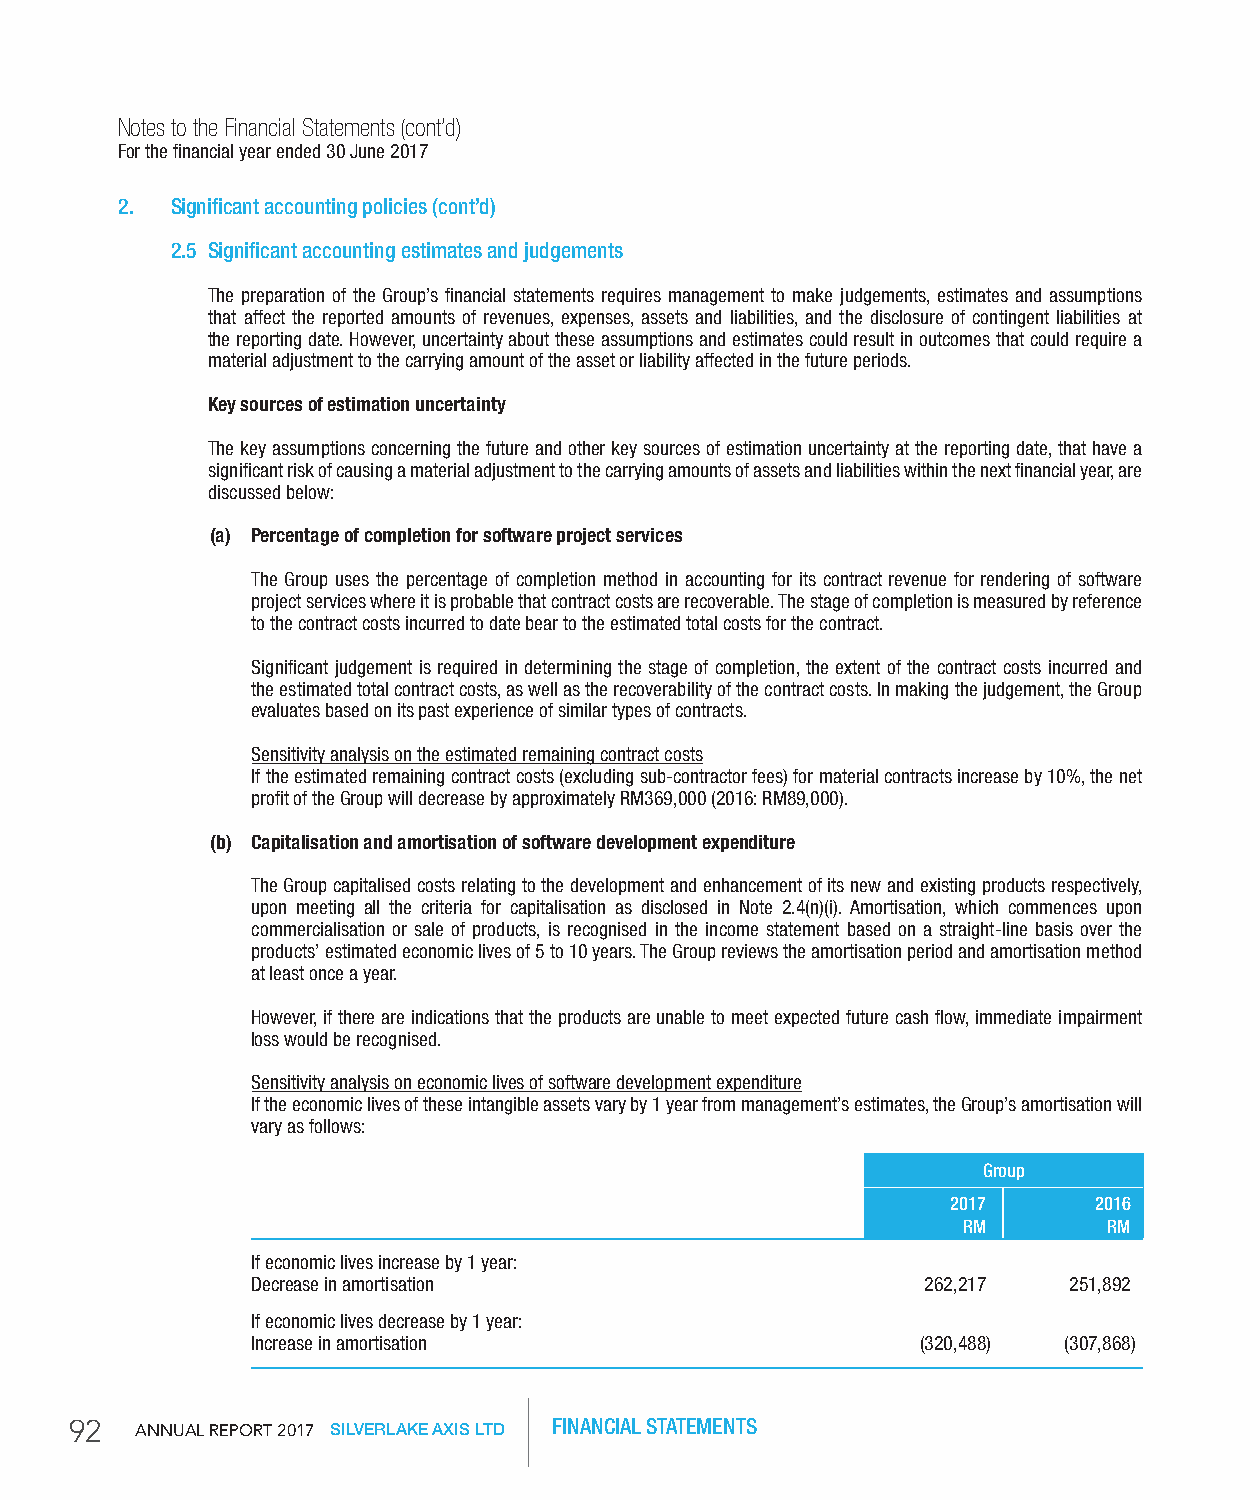
Notes to the Financial Statements (cont’d)
 For the financial year ended 30 June 2017
 2. Significant accounting policies (cont’d)
 2.5 Significant accounting estimates and judgements
 The preparation of the Group’s financial statements requires management to make judgements, estimates and assumptions
 that affect the reported amounts of revenues, expenses, assets and liabilities, and the disclosure of contingent liabilities at
 the reporting date. However, uncertainty about these assumptions and estimates could result in outcomes that could require a
 material adjustment to the carrying amount of the asset or liability affected in the future periods.
 Key sources of estimation uncertainty
 The key assumptions concerning the future and other key sources of estimation uncertainty at the reporting date, that have a
 significant risk of causing a material adjustment to the carrying amounts of assets and liabilities within the next financial year, are
 discussed below:
 (a) Percentage of completion for software project services
 The Group uses the percentage of completion method in accounting for its contract revenue for rendering of software
 project services where it is probable that contract costs are recoverable. The stage of completion is measured by reference
 to the contract costs incurred to date bear to the estimated total costs for the contract.
 Significant judgement is required in determining the stage of completion, the extent of the contract costs incurred and
 the estimated total contract costs, as well as the recoverability of the contract costs. In making the judgement, the Group
 evaluates based on its past experience of similar types of contracts.
 Sensitivity analysis on the estimated remaining contract costs
 If the estimated remaining contract costs (excluding sub-contractor fees) for material contracts increase by 10%, the net
 profit of the Group will decrease by approximately RM369,000 (2016: RM89,000).
 (b) Capitalisation and amortisation of software development expenditure
 The Group capitalised costs relating to the development and enhancement of its new and existing products respectively,
 upon meeting all the criteria for capitalisation as disclosed in Note 2.4(n)(i). Amortisation, which commences upon
 commercialisation or sale of products, is recognised in the income statement based on a straight-line basis over the
 products’ estimated economic lives of 5 to 10 years. The Group reviews the amortisation period and amortisation method
 at least once a year.
 However, if there are indications that the products are unable to meet expected future cash flow, immediate impairment
 loss would be recognised.
 Sensitivity analysis on economic lives of software development expenditure
 If the economic lives of these intangible assets vary by 1 year from management’s estimates, the Group’s amortisation will
 vary as follows:
 group
 2017     2016
 rM       rM
 If economic lives increase by 1 year:
 Decrease in amortisation                    262,217   251,892
 If economic lives decrease by 1 year:
 Increase in amortisation                    (320,488) (307,868)
 92  AnnuAl RepoRt 2017 SILVERLAKE AXIS LTD FINANCIAL STATEMENTS